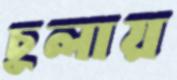
চুলায়